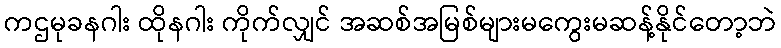
ကဌမုခနဂါး ထိုနဂါး ကိုက်လျှင် အဆစ်အမြစ်များမကွေးမဆန့်နိုင်တော့ဘဲ